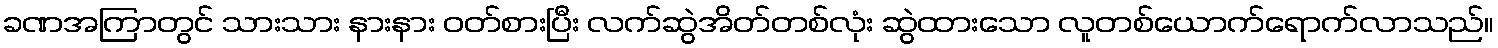
ခဏအကြာတွင် သားသား နားနား ဝတ်စားပြီး လက်ဆွဲအိတ်တစ်လုံး ဆွဲထားသော လူတစ်ယောက်ရောက်လာသည်။